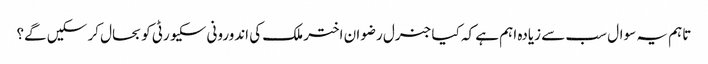
تاہم یہ سوال سب سے زیادہ اہم ہے کہ کیا جنرل رضوان اختر ملک کی اندورونی سکیورٹی کو بحال کر سکیں گے؟